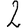
Digit: 2